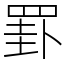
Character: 罫